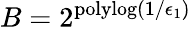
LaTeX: B=2^{\mathrm{polylog}(1/\epsilon_{1})}